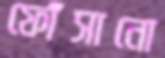
ফোঁসানো